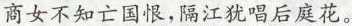
商女不知亡国恨，隔江犹唱后庭花。